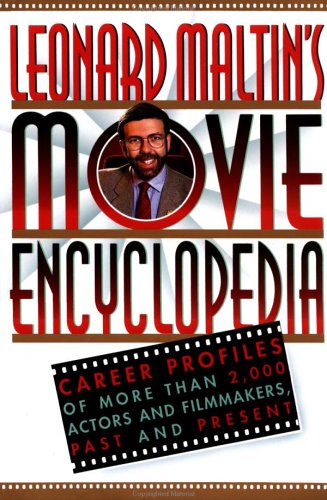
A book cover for Leonard Maltin's Movie Encyclopedia: Career Profiles of More than 2000 Actors and Filmmakers, Past and Present (Reference); Leonard Maltin; Humor & Entertainment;